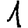
Digit: 1